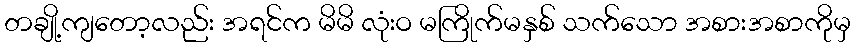
တချို့ကျတော့လည်း အရင်က မိမိ လုံးဝ မကြိုက်မနှစ် သက်သော အစားအစာကိုမှ